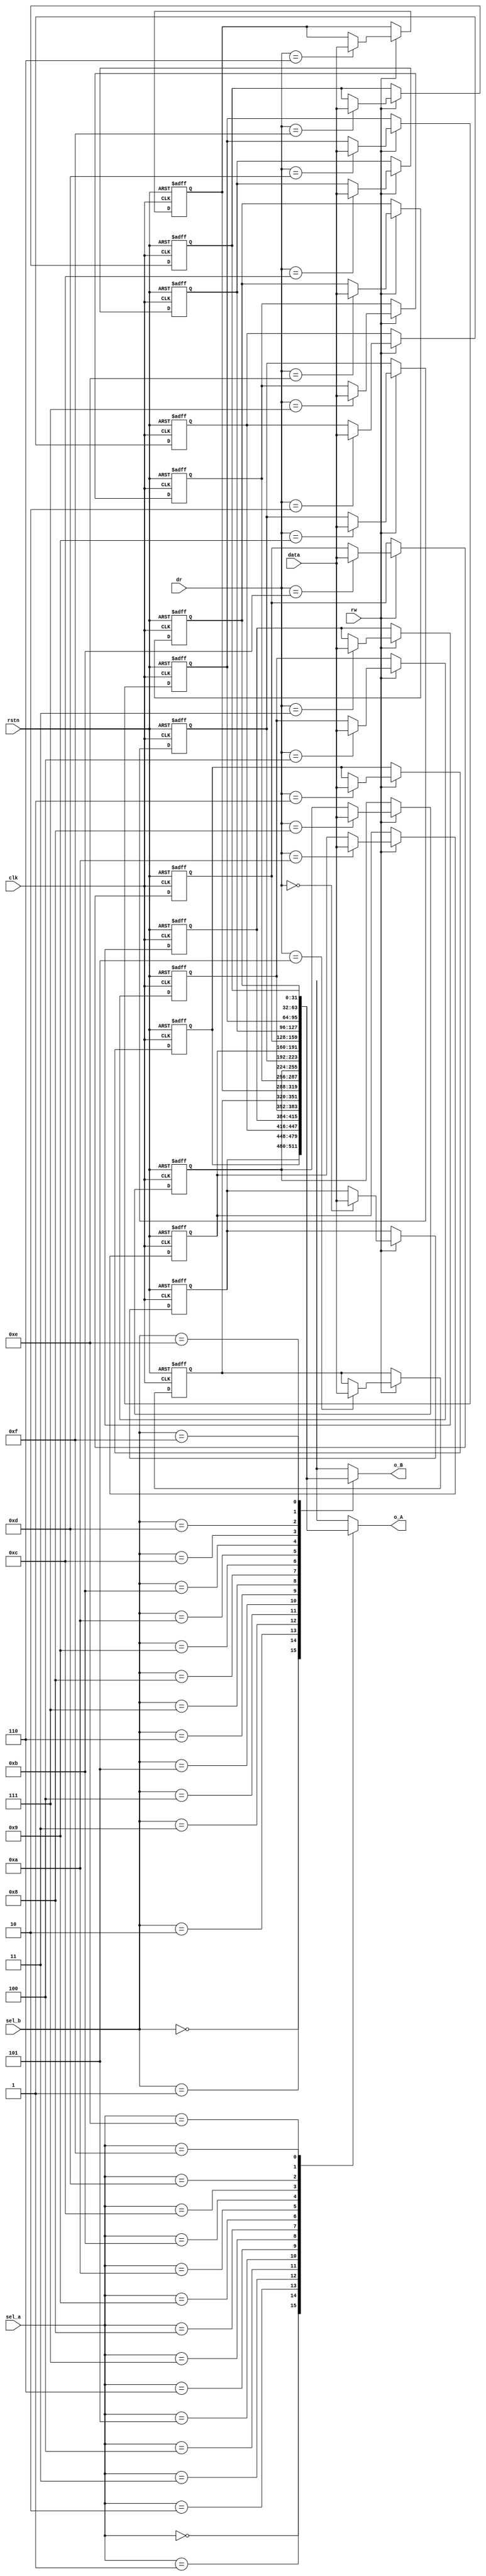
module register_file #(
parameter WIDTH = 32,
parameter DEPTH = 16,
parameter DEPTH_LOG = $clog2(DEPTH)
)(
input 					clk, rstn,
input					rw,

input	[WIDTH-1:0]		data,
input	[DEPTH_LOG-1:0]	sel_a,sel_b,
input	[DEPTH_LOG-1:0]	dr,

output	wire [WIDTH-1:0]		o_A, o_B
);
integer i;
reg		[WIDTH-1:0]	register	[DEPTH-1:0];

always@(posedge clk , negedge rstn) begin
if(!rstn)
	for(i=0;i<DEPTH;i=i+1) begin	register[i]<={WIDTH{1'h0}};   end
else if(rw)
    register    [dr]    <=  data;
	end

assign  o_A      =   register[sel_a];

assign  o_B      =   register[sel_b];



endmodule